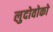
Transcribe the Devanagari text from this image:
लुदोवोको